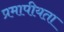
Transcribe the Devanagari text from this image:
प्रमापीयता